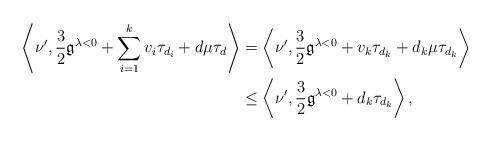
LaTeX: \begin{align*}\left\langle \nu', \frac{3}{2}\mathfrak{g}^{\lambda<0}+\sum_{i=1}^k v_i\tau_{d_i}+d\mu\tau_d\right\rangle &=\left\langle \nu', \frac{3}{2}\mathfrak{g}^{\lambda<0}+v_k\tau_{d_k}+d_k\mu\tau_{d_k}\right\rangle \\&\leq \left\langle \nu', \frac{3}{2}\mathfrak{g}^{\lambda<0}+d_k\tau_{d_k}\right\rangle,\end{align*}